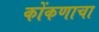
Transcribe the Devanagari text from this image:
कोंकणाचा